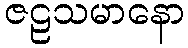
ဇဠသမာနော